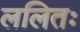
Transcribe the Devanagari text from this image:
ललितः